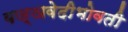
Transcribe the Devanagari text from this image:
यज्ञवेदीभोवती